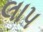
લાપ